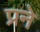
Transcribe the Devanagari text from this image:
प्रने